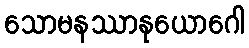
သောမနဿာနုယောဂေါ